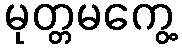
မုတ္တမကွေ့